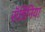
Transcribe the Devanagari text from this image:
रॉडिनिया